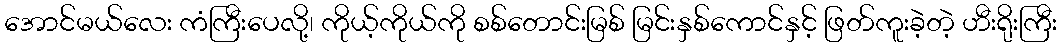
အောင်မယ်လေး ကံကြီးပေလို့၊ ကိုယ့်ကိုယ်ကို စစ်တောင်းမြစ် မြင်းနှစ်ကောင်နှင့် ဖြတ်ကူးခဲ့တဲ့ ဟီးရိုးကြီး